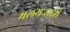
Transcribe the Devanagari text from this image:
मलयःसह्यो